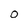
Character: O